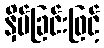
နှိပ်ခြင်းဖြင့်